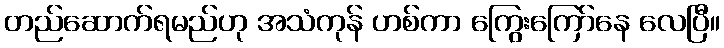
တည်ဆောက်ရမည်ဟု အသံကုန် ဟစ်ကာ ကြွေးကြော်နေ လေပြီ။